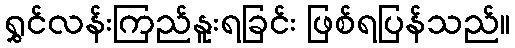
ရွှင်လန်းကြည်နူးရခြင်း ဖြစ်ရပြန်သည်။